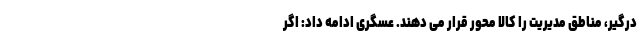
درگیر، مناطق مدیریت را کالا محور قرار می دهند. عسگری ادامه داد: اگر